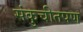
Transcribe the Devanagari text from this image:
संकुचीतपण